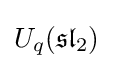
U_{q}({\mathfrak {sl}}_{2})